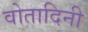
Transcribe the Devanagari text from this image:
वोतादिनी